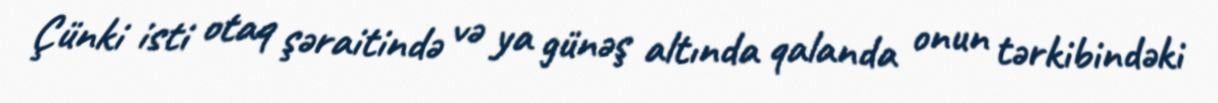
Çünki isti otaq şəraitində və ya günəş altında qalanda onun tərkibindəki